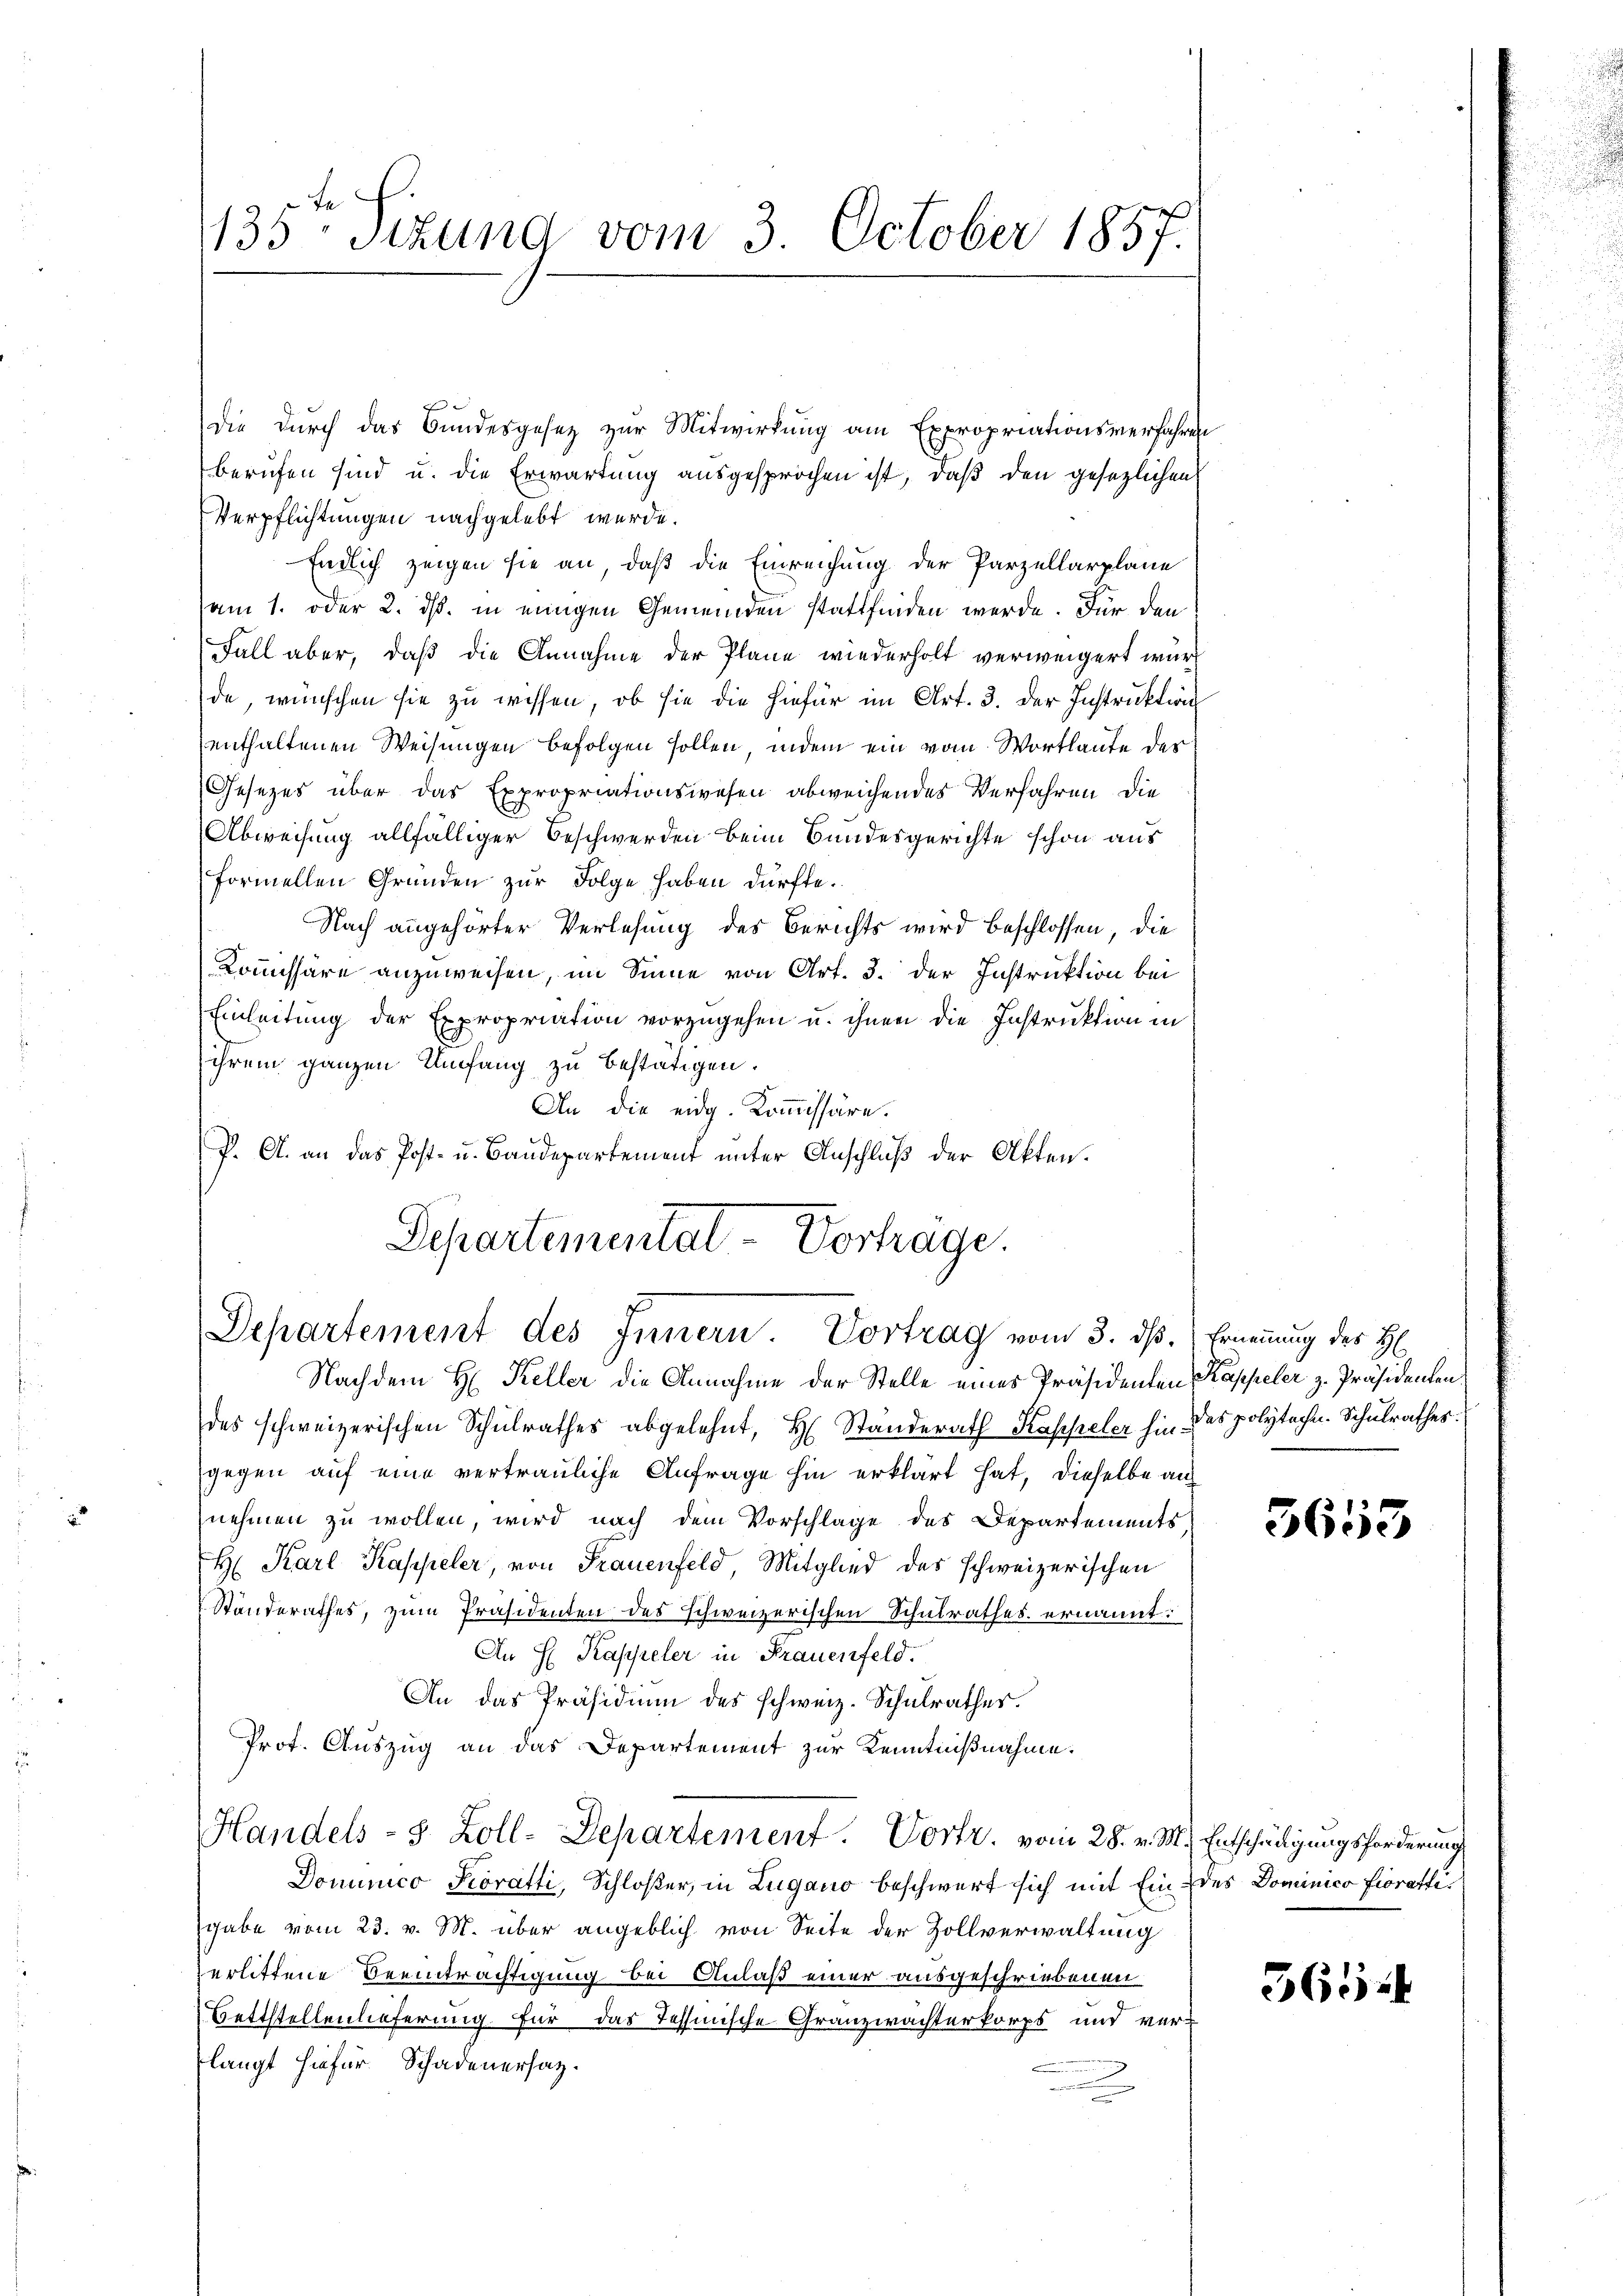
2

1135 sizung vom 3. October 1857.

die durch das Bundesgesetz zur Mitwirkung am Expropriationsverfahren
berufen sind u. die Erwartung ausgesprochen ist, daß den gesezlichen
Verpflichtungen nachgelebt wurde.
Endlich zeigen sie an, daß die Einreichung der Parzellarplane
am 1. oder 2. ds. in einigen Gemeinden stattfinden werde. Für den
Fall aber, daß die Annahme der Pläne wiederholt verweigert wurde, wünschen sie zu wissen, ob sie die hiefür im Art. 3. Der Instruktion
enthaltenen Weisungen befolgen sollen, indem ein vom Wortlaute des
Gesezes über das Expropriationswesen abweichendes Verfahren die
Abweisung allfälliger Beschwerden beim Bundesgerichte schon aus
formellen Gründen zur Folge haben dürfte.
Nach angehörter Verlesung des Berichts wird beschlossen, die
Kommissäre anzuweisen, im Sinne von Art. 3. der Instruktion bei
Einleitung der Expropriation vorzugehen u. ihnen die Instruktion in
ihrem ganzen Umfang zu bestätigen.
An die eidg. Kommissäre.
P. A. an das Post- u. Baudepartement unter Anschluß der Akten.
Departementat- Vortrage.

Departement des Innern. Vortrag vom 3. dß. Ernennung des H

Nachdem H. Keller die Annahme der Stelle eines Präsidenten Kappeler z. Präsidenten
des schweizerischen Schulrathes abgelehnt, H. Standerath Kappeler hin des polytechen. Schulrathes.
gegen auf eine vertrauliche Anfrage hin erklärt hat, dieselbe auf
nehmen zu wollen, wird nach dem Vorschlage des Departements
H: Karl Kappeler, von Frauenfeld Mitglied des schweizerischen
Standerathes, zum Präsidenten des Schweizerischen Schulrathes ernannt:
An H Kappeler in Frauenfeld.
An das Präsidium des schweiz. Schulrathes.
Prot. Auszug an das Departement zur Kenntnißnahme.
Handels- 3. Zoll-Departement. Vortr. vom 28. v. M. Entschädigungsforderung
Dominico Pioratti, Schloßer, in Lugano beschwert sich mit Eindes Dominico fioratigabe vom 23. v. M. über angeblich von Seite der Zollverwaltung
zerlittene Beeinträchtigung bei Anlaß einer ausgeschriebenen
Bettstellenlieferung. Für das Tessinische Gränzwachterkorps und ver-
langt hiefür Schadenersatz.
n
n

5653

365.